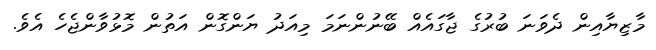
މާޒިޔާއިން ދެވަނަ ބުރުގެ ޖާގައެއް ބޭނުންނަމަ މިއަދު ޔަންގޮން އަތުން މޮޅުވާންޖެހެ އެވެ.